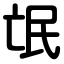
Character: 氓